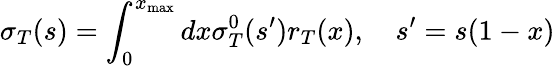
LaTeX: \sigma_{T}(s)=\int_{0}^{x_{\mathrm{max}}}dx\sigma_{T}^{0}(s^{\prime})r_{T}(x),\quad s^{\prime}=s(1-x)